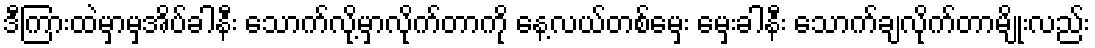
ဒီကြားထဲမှာမှအိပ်ခါနီး သောက်လို့မှာလိုက်တာကို နေ့လယ်တစ်မှေး မှေးခါနီး သောက်ချလိုက်တာမျိုးလည်း